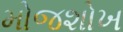
મોજશોખ